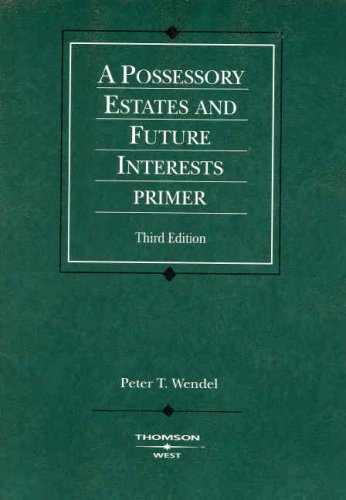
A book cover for Possessory Estates and Future Interests Primer (American Casebook Series); Peter Wendel; Law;